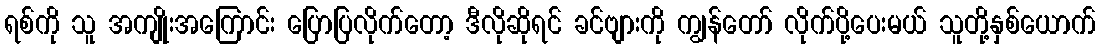
ရစ်ကို သူ အကျိုးအကြောင်း ပြောပြလိုက်တော့ ဒီလိုဆိုရင် ခင်ဗျားကို ကျွန်တော် လိုက်ပို့ပေးမယ် သူတို့နှစ်ယောက်